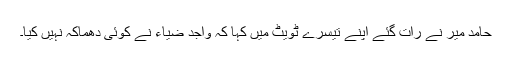
حامد میر نے رات گئے اپنے تیسرے ٹویٹ میں کہا کہ واجد ضیاء نے کوئی دھماکہ نہیں کیا۔